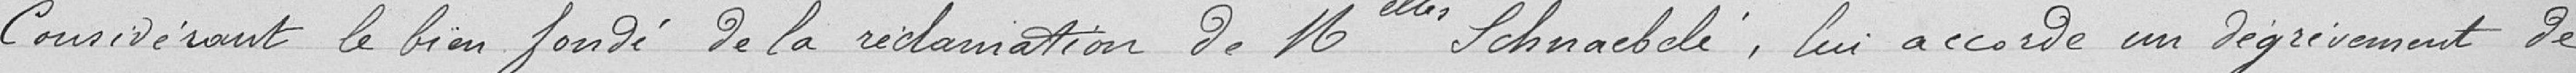
Considérant le bien fondé de la réclamation de Mademoiselle Schnaebelé, lui accord un dégrèvement de